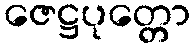
ဇေဋ္ဌပုတ္တော